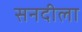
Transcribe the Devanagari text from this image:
सनदीला